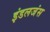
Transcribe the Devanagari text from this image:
इंडलजंस